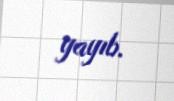
yayıb.